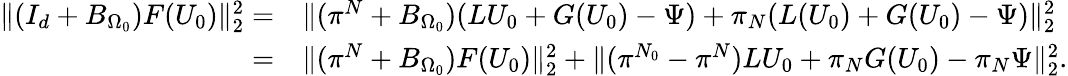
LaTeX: \begin{array}{rl}{\| (I_{d}+B_{\Omega_{0}})F(U_{0})\| _{2}^{2}=}&{\| (\pi^{N}+B_{\Omega_{0}})(LU_{0}+G(U_{0})-\Psi)+\pi_{N}(L(U_{0})+G(U_{0})-\Psi)\| _{2}^{2}}\\ {=}&{\| (\pi^{N}+B_{\Omega_{0}})F(U_{0})\| _{2}^{2}+\| (\pi^{N_{0}}-\pi^{N})LU_{0}+\pi_{N}G(U_{0})-\pi_{N}\Psi\| _{2}^{2}.}\end{array}